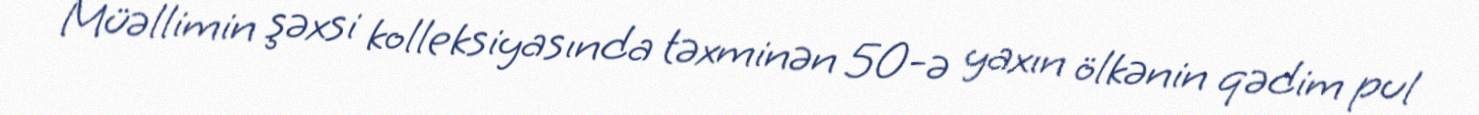
Müəllimin şəxsi kolleksiyasında təxminən 50-ə yaxın ölkənin qədim pul